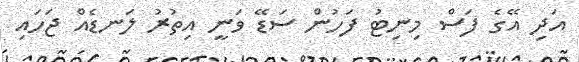
އަދި އޭގެ ފަސް މިނިޓު ފަހުން ސަޑޭ ވަނީ އިތުރު ލަނޑެއް ޖަހައި